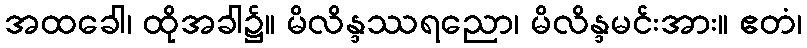
အထခေါ၊ ထိုအခါ၌။ မိလိန္ဒဿရညော၊ မိလိန္ဒမင်းအား။ ဧတံ၊